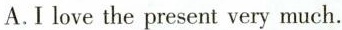
A.I love the present very much.